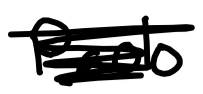
Text: Paolo
Cross-out: scratch
Writing tool: digital_black